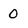
Character: 0